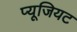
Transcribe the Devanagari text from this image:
प्यूजियट